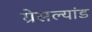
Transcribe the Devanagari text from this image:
ग्रेसल्यांड